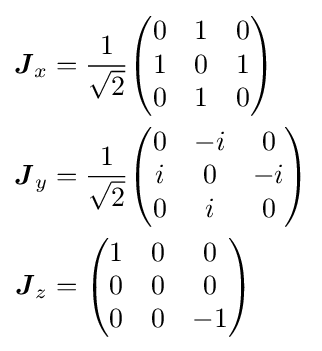
{\begin{aligned}{\boldsymbol {J}}_{x}&={\frac {1}{\sqrt {2}}}{\begin{pmatrix}0&1&0\\1&0&1\\0&1&0\end{pmatrix}}\\{\boldsymbol {J}}_{y}&={\frac {1}{\sqrt {2}}}{\begin{pmatrix}0&-i&0\\i&0&-i\\0&i&0\end{pmatrix}}\\{\boldsymbol {J}}_{z}&={\begin{pmatrix}1&0&0\\0&0&0\\0&0&-1\end{pmatrix}}\end{aligned}}